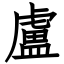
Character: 盧